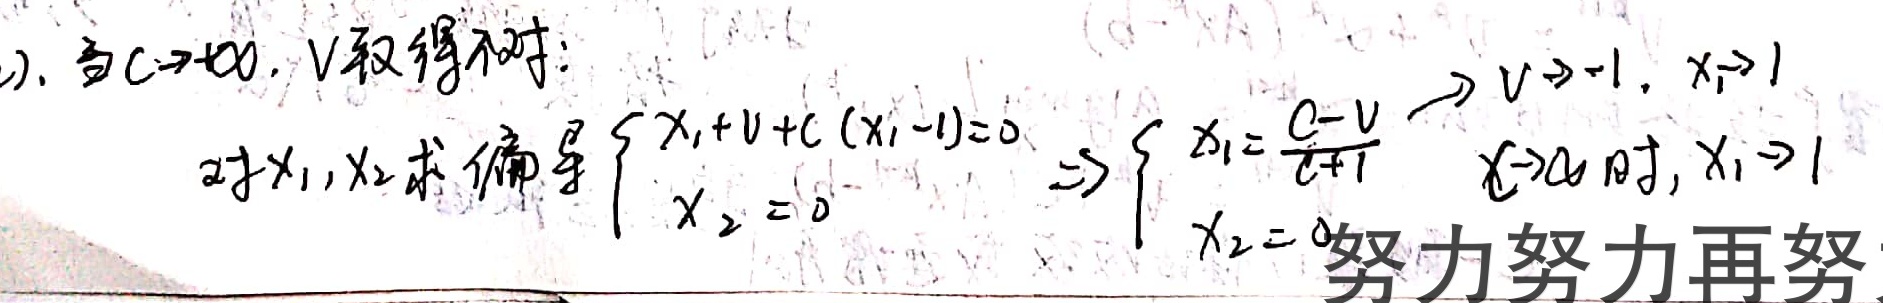
). 当\(C\rightarrow+\infty\)，\(V\)取得不对：
对\(x_1,x_2\)求偏导\(\begin{cases}x_1 + V + C(x_1 - 1)=0 \\ x_2 = 0\end{cases}\Rightarrow\begin{cases}x_1=\frac{C - V}{C + 1}\xrightarrow{C\rightarrow\infty} x_1\rightarrow1 \\ x_2 = 0\end{cases}\rightarrow V\rightarrow - 1,x_1\rightarrow1\)
努力努力再努